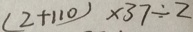
( 2 + 1 1 0 ) \times 3 7 \div 2